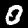
Digit: 0